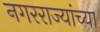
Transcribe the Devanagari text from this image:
नगरराज्यांच्या